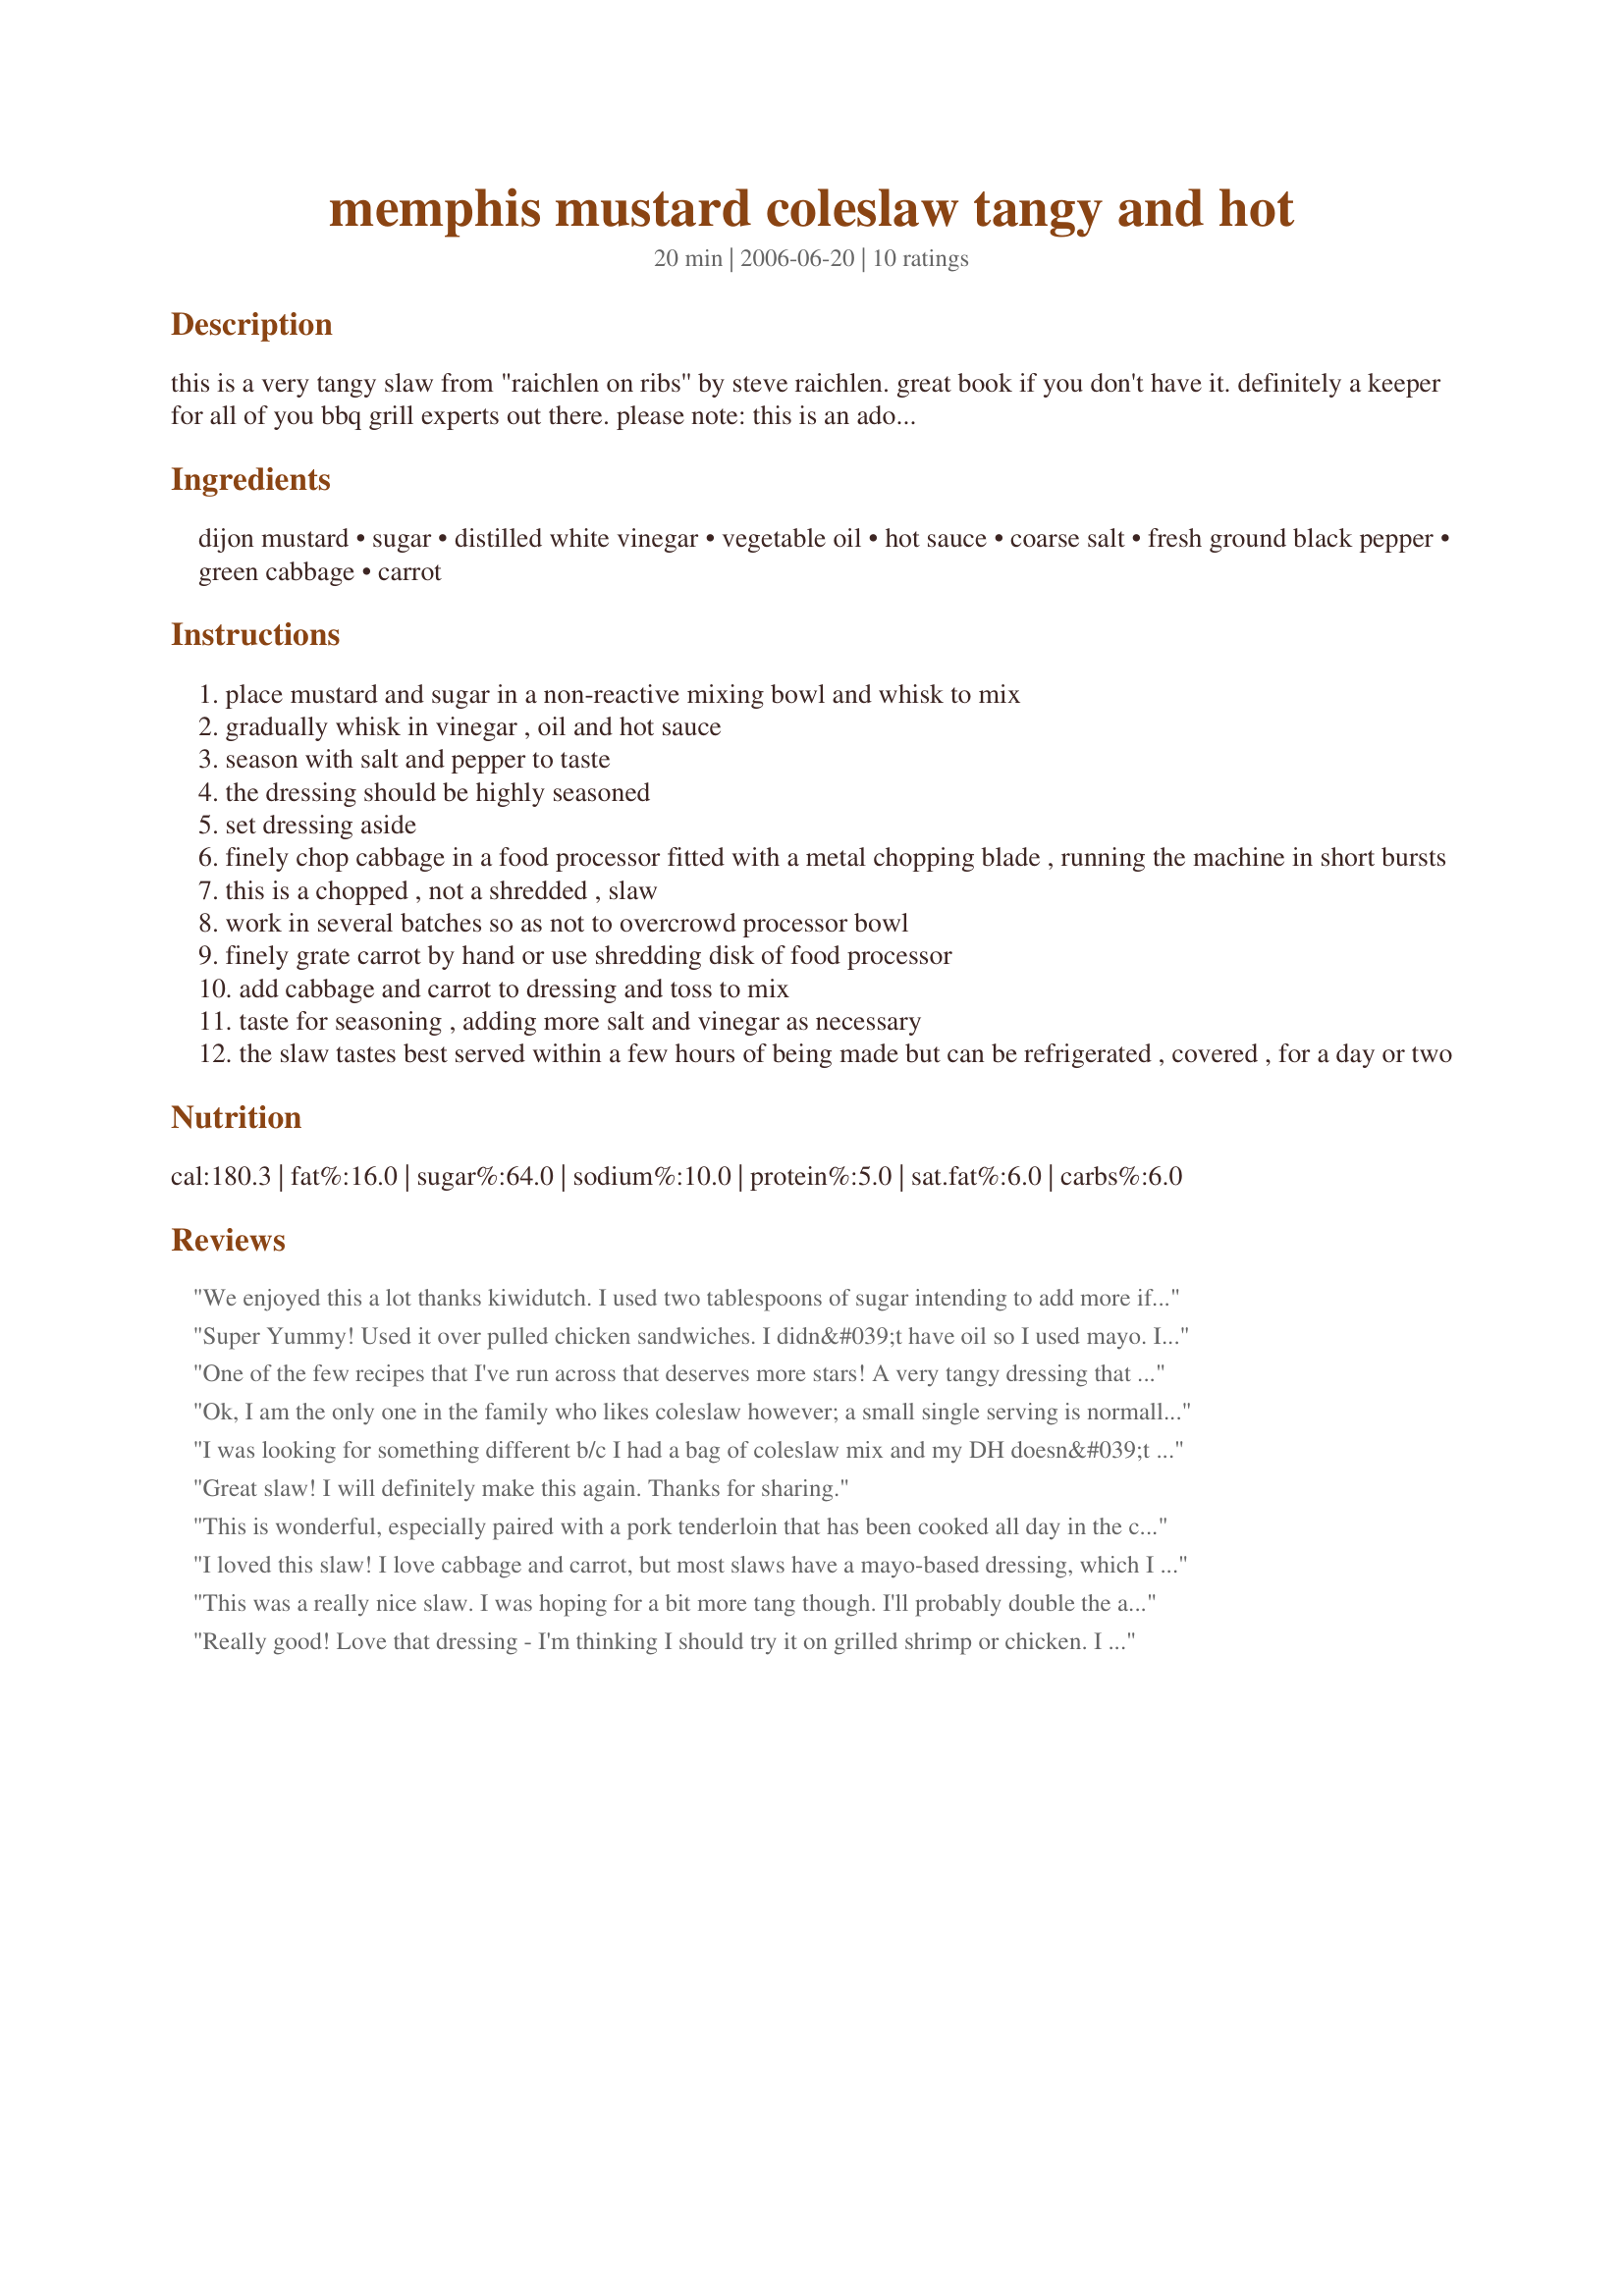
memphis mustard coleslaw tangy and hot
Preparation time: 20 minutes

this is a very tangy slaw from "raichlen on ribs'' by steve raichlen. great book if you don't have it. definitely a keeper for all of you bbq grill experts out there.
please note: this is an adopted recipe and i hope to make it soonest. if you make it before i do, i would appreciate feedback, thanks ! zwt region: united states of america.

Ingredients:
dijon mustard, sugar, distilled white vinegar, vegetable oil, hot sauce, coarse salt, fresh ground black pepper, green cabbage, carrot

Steps:
place mustard and sugar in a non-reactive mixing bowl and whisk to mix
gradually whisk in vinegar , oil and hot sauce
season with salt and pepper to taste
the dressing should be highly seasoned
set dressing aside
finely chop cabbage in a food processor fitted with a metal chopping blade , running the machine in short bursts
this is a chopped , not a shredded , slaw
work in several batches so as not to overcrowd processor bowl
finely grate carrot by hand or use shredding disk of food processor
add cabbage and carrot to dressing and toss to mix
taste for seasoning , adding more salt and vinegar as necessary
the slaw tastes best served within a few hours of being made but can be refrigerated , covered , for a day or two

Reviews:
We enjoyed this a lot thanks kiwidutch. I used two tablespoons of sugar intending to add more if need be-two was enough. I would add my usual coleslaw ingredients to this delicious dressing in the future (bell pepper, onion, celery, cucumber). I prefer to cut my cabbage by hand as I think the processor bruises the leaves making it taste bitter.
Super Yummy! Used it over pulled chicken sandwiches. I didn&#039;t have oil so I used mayo. I also added some thinly sliced red onion. My husband said &quot;it&#039;s a keeper&quot;. :) Thanks for sharing this recipe!
One of the few recipes that I've run across that deserves more stars! A very tangy dressing that dresses that cabbage prefectly! I started light with the sugar -about 1 T - as we don't usually care for sweet dressings. I added more at the end to get it just right for us - total sugar was ~2T. I used only 1/4 head of cabbage- chopped as instructed, not shredded ;-), but the full amount of dressing to get it coated well. The hot sauce adds just the right bite. This recipe will most certainly be a repeater! Thanks!
Ok, I am the only one in the family who likes coleslaw however; a small single serving is normally enough to carry me for a very LONG time. This recipe peaked my interest though because it does not call for Mayo. I am so glad I gave it a try! Lunch today consisted of 1/2 a batch of the coleslaw and the other 1/2 will be consumed tonight with dinner. Best of all 2 of our kids tried it and really liked it too. I wonder if DH will be brave enough to give it a try? I did make one small change however, I cut the amount of oil in half and reduced the sugar by 1 Tbs. This is a definite keeper, thanks for sharing kiwidutch!
Made as a recipenap for the 24th AUS/NZ Recipe Swap.
I was looking for something different b/c I had a bag of coleslaw mix and my DH doesn&#039;t like &quot;coleslaw&quot;. I found it with this recipe. It is tangy and a touch of heat. So good. I followed the directions as given...the hot sauce I used was green/jalapeno Tabasco brand. I will definitely make this again. It was a big hit..... pairs really well with baked pork chops! Thanks!!
Great slaw! I will definitely make this again. Thanks for sharing.
This is wonderful, especially paired with a pork tenderloin that has been cooked all day in the crockpot with a vinegar based BBQ sauce. Thanks for the recipe. It reminds me of the coleslaw I used to eat in grade school. :)
I loved this slaw! I love cabbage and carrot, but most slaws have a mayo-based dressing, which I don't eat. This was perfect! I loved the dressing. A slaw that I can eat too! YEA!! Thanks kiwidutch!
This was a really nice slaw. I was hoping for a bit more tang though. I'll probably double the amount of hot sauce next time. I used a 1/4 head of cabbage and got about 4 1/2 cups, and I didn't use a food processor, I just chopped the cabbage by hand. This was a great addition to barbecued chicken burgers! Thanks kiwidutch!
Really good! Love that dressing - I'm thinking I should try it on grilled shrimp or chicken. I used cider vinegar and it was great. Thanks for sharing a delightful cole slaw!
